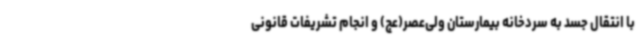
با انتقال جسد به سردخانه بیمارستان ولی‌عصر(عج) و انجام تشریفات قانونی